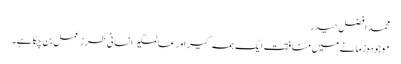
محمد افضل حیدر
موجودہ زمانے میں منافقت ایک ہمہ گیر اور عالمگیر انسانی طرز ِعمل بن چکا ہے۔